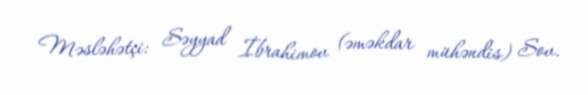
Məsləhətçi: Səyyad İbrahimov (əməkdar mühəndis) Sov.